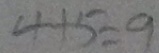
4 + 5 = 9